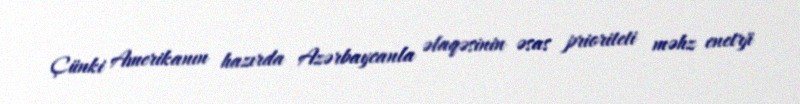
Çünki Amerikanın hazırda Azərbaycanla əlaqəsinin əsas prioriteti məhz enetrji